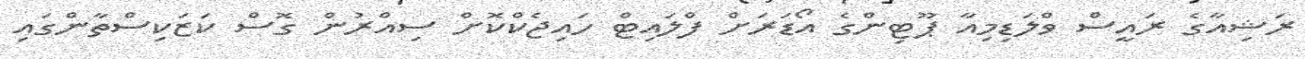
ރަޝިއާގެ ރައީސް ވްލަޑިމިއާ ޕޫޓިންގެ އޯޑަރަށް ފްލައިޓް ހައިޖެކްކޮށް ސިއްރުން ގޮސް ކަޒަކިސްތާންގައި